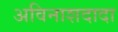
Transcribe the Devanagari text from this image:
अविनाशदादा